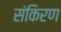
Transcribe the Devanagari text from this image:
संकिरण